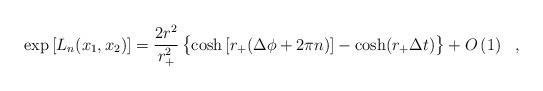
LaTeX: \begin{align*}\exp\left[L_n(x_1,x_2)\right]= \frac{2 r^2}{r_+^2} \left\{\cosh \left[r_+(\Delta \phi + 2\pi n ) \right] - \cosh(r_+\Delta t)\vphantom{A^A_A}\right\}+ O\left( 1 \right) \ \ , \end{align*}